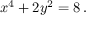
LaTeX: x ^ { 4 } + 2 y ^ { 2 } = 8 \, .